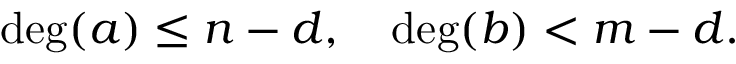
\deg ( a ) \leq n - d , \quad \deg ( b ) < m - d .